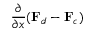
\frac { \partial } { \partial x } ( \mathbf { F } _ { d } - \mathbf { F } _ { c } )